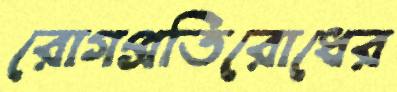
রোগপ্রতিরোধের